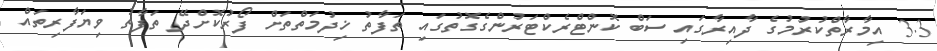
3.3 އިމާރާތްކުރުމުގެ ދާއިރާގައި ސަބް ކޮންޓްރެކްޓަރުންގެގޮތުގައި ތަފާތު ޚިދުމަތްތަށް ފޯރުކޮށްދޭ ތަފާތު ވިޔަފާރިތައް